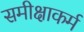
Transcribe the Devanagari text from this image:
समीक्षाकर्म